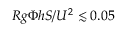
R g \Phi h S / U ^ { 2 } \lesssim 0 . 0 5